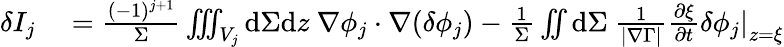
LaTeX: \begin{array}{rl}{\delta I_{j}}&{{}=\frac{(-1)^{j+1}}{\Sigma}\iiint_{V_{j}}\mathrm{d}\Sigma\mathrm{d}z~\nabla\phi_{j}\cdot\nabla(\delta\phi_{j})-\frac{1}{\Sigma}\iint\mathrm{d}\Sigma~\frac{1}{|\nabla\Gamma|}\frac{\partial\xi}{\partial t}\left.\delta\phi_{j}\right|_{z=\xi}}\end{array}